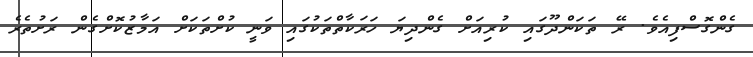
ގެންގޮސްފިއެވެ. ރޭ ތަކަންދޫގައި ކުރިއަށް ގެންދިޔަ ހަރަކާތްތަކުގައި ވަނީ ކުށްތަކަށް އަމާޒުކޮށްގެން ރަށުތެރެ